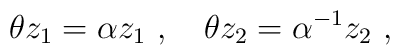
\theta z_1=\alpha z_1~,~~~\theta z_2=\alpha^{-1} z_2~,